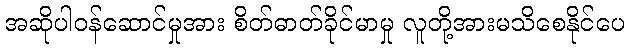
အဆိုပါဝန်ဆောင်မှုအား စိတ်ဓာတ်ခိုင်မာမှု လူတို့အားမသိစေနိုင်ပေ